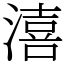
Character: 㵙